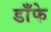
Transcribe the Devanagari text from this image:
डाँफे